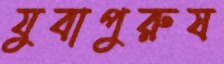
যুবাপুরুষ